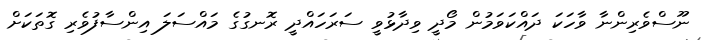
ނޫސްވެރިންނާ ވާހަކަ ދައްކަވަމުން މޯދީ ވިދާޅުވީ ސަރަހައްދީ ރޮނގުގެ މައްސަލަ އިންސާފުވެރި ގޮތަކަށް